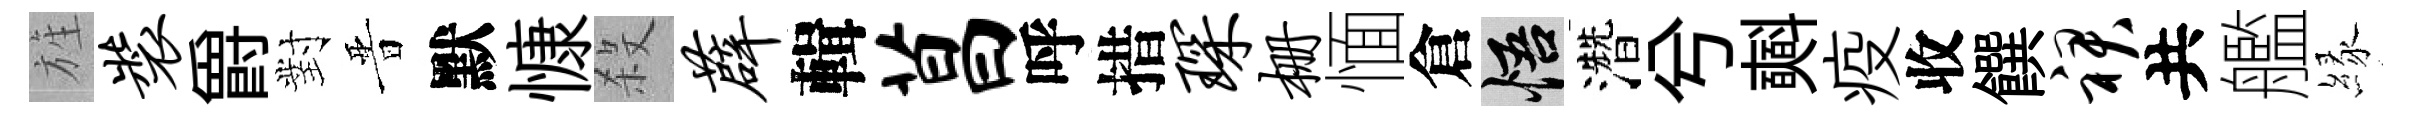
旌装爵對晋默慷殺薜輯菖呼措琛栅愐倉悟濳兮𣂏疫收饌裙共艦縁